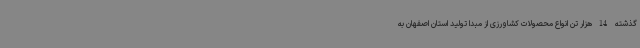
گذشته 14هزار تن انواع محصولات کشاورزی از مبدا تولید استان اصفهان به